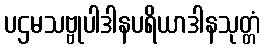
ပဌမသဗ္ဗုပါဒါနပရိယာဒါနသုတ္တံ